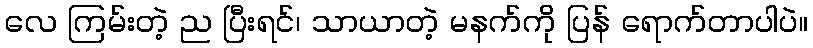
လေ ကြမ်းတဲ့ ည ပြီးရင်၊ သာယာတဲ့ မနက်ကို ပြန် ရောက်တာပါပဲ။